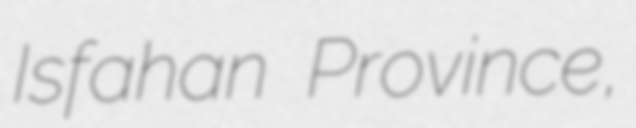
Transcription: Isfahan Province,